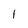
Character: 1